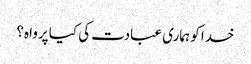
خدا کو ہماری عبادت کی کیا پرواہ؟